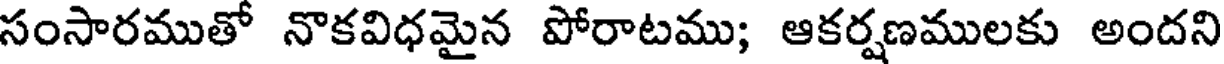
సంసారముతో నొకవిధమైన పోరాటము; ఆకర్షణములకు అందని